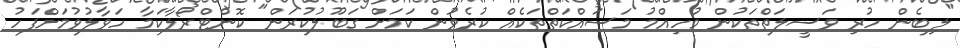
"ލިބެން ހުރި ވަސީލަތްތަކުން މުހިއްމު މަސައްކަތްތަކެއް ކުރެވުން ކަމަށް ގަބޫލުކުރަން" ކޮންޓްރޯލާކަމާ ހަވާލުވުމަށްފަހު